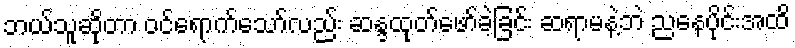
ဘယ်သူဆိုတာ ဝင်ရောက်သော်လည်း ဆန္ဒထုတ်ဖော်ခဲ့ခြင်း ဆရာမနဲ့ဘဲ ညနေပိုင်းအထိ